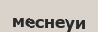
меснеуи